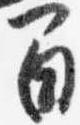
間